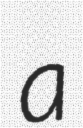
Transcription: a